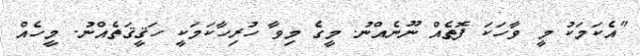
"އެކަމަކު މީ ވާހަކަ ފޮތެއް ނޫނެއްނު. މީގެ މިވާ ހުރިހާކަމަކީ ހަޤީޤަތެއްނު. މީހެއް